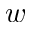
w